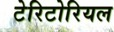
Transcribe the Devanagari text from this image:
टेरिटोरियल